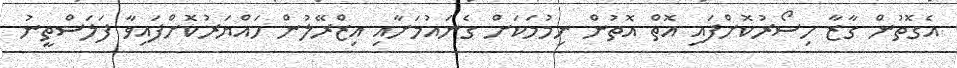
އެގޮތުން ގާޒާ ހިސޯރުކޮށްފައި އޮތް އޮތުން ނިމުމަކަށް ގެނައުމަށާއި އިޒްރޭލުން ހައްޔަރުކޮށްފައިވާ ފަލަސްތީނު